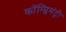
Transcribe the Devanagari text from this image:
कॉम्प्लिमंट्री